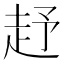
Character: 𧺥